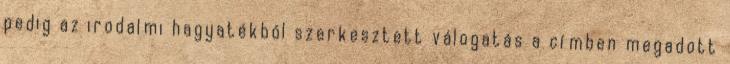
pedig az irodalmi hagyatékból szerkesztett válogatás a címben megadott